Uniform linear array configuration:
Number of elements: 64
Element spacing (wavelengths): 0.75
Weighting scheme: hamming
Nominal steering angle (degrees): -45
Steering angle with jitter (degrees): -46.426
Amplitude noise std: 0.05
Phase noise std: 0.05

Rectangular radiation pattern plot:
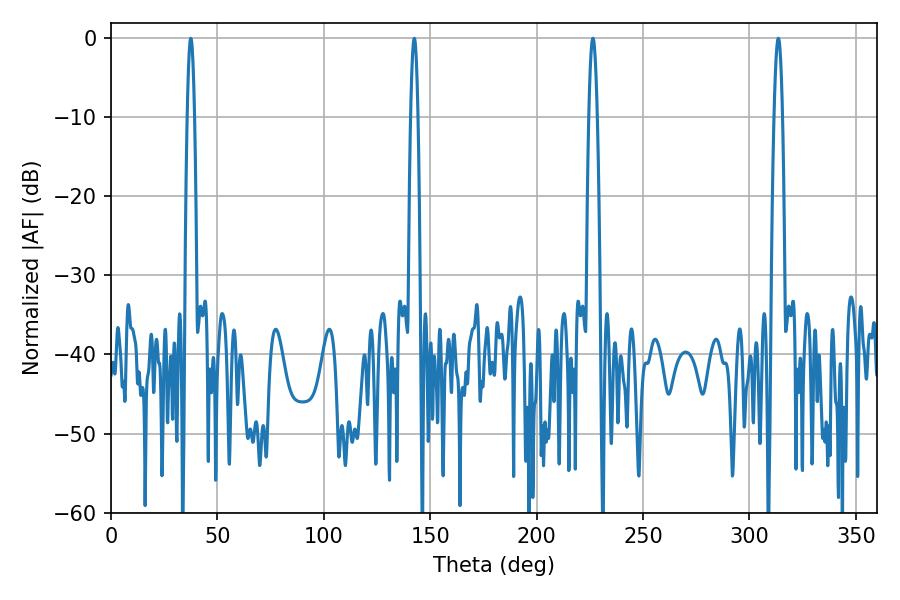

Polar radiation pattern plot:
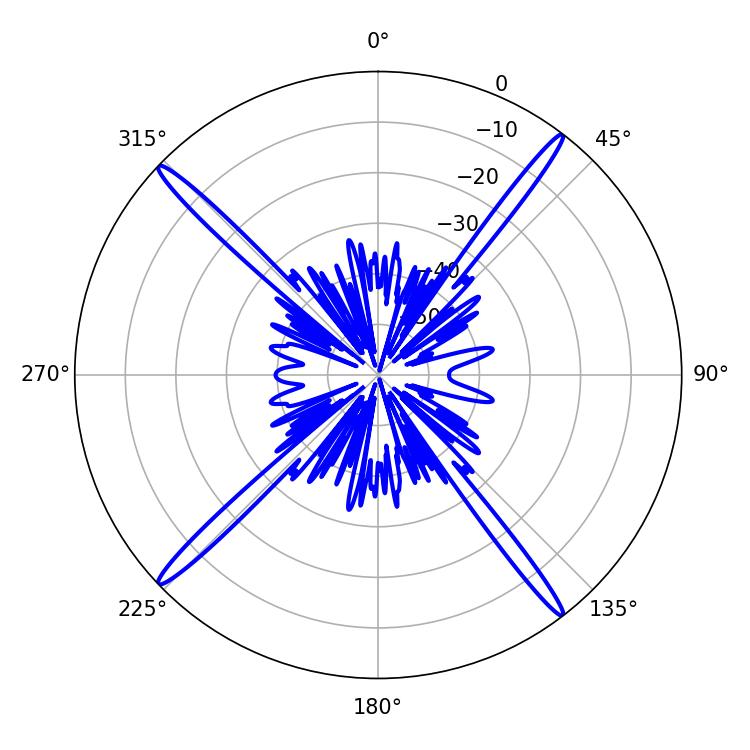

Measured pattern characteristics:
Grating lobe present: TRUE
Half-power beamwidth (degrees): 2.16
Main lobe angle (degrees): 226.44